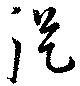
從